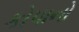
કોપાનો